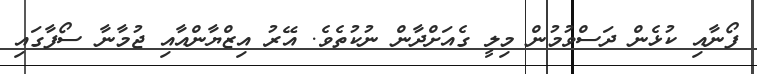
ފޯނާއި ކުޅެން ދަސްވުމުން މިލީ ގެއަށްދާން ނުކުތެވެ. އޭރު އިޒްޔާންއާއި ޖުމާނާ ސޯފާގައި